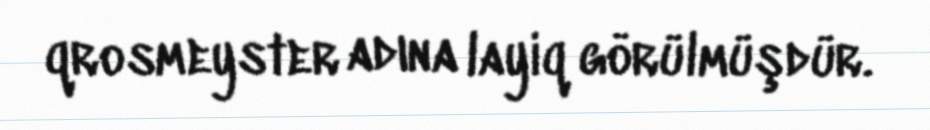
qrosmeyster adına layiq görülmüşdür.